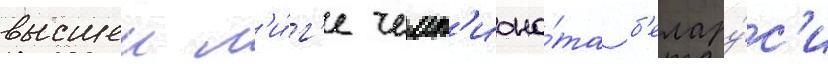
высшеи л'и́г'е чемп'иона́та б'елару́с'и